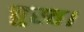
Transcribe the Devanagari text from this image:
चुस्त।